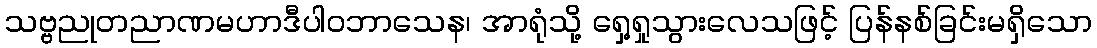
သဗ္ဗညုတညာဏမဟာဒီပါဝဘာသေန၊ အာရုံသို့ ရှေ့ရှုသွားလေသဖြင့် ပြန်နစ်ခြင်းမရှိသော